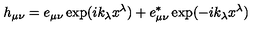
h _ { \mu \nu } = e _ { \mu \nu } \exp ( i k _ { \lambda } x ^ { \lambda } ) + e _ { \mu \nu } ^ { * } \exp ( - i k _ { \lambda } x ^ { \lambda } )